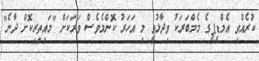
ކުރެއްވި އެމްޑީޕީގެ މެމްބަރަކު ވިދާޅުވީ މި އަހަރު ކޮންމެވެސް ވަރަކަށް "މައިތިރިކޮށް ދާނެ"